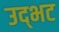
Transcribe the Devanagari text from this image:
उद्‌भट